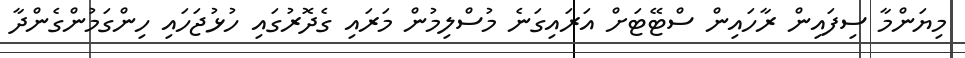
މިޔަންމާ ސިފައިން ރާހައިން ސްޓޭޓަށް އަރައިގަނެ މުސްލިމުން މަރައި ގެދޮރުގައި ހުޅުޖަހައި ހިންގަމުންގެންދާ